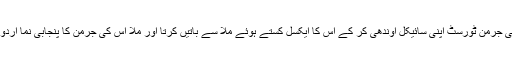
کبھی کبھی کوئی جرمن ٹورسٹ اپنی سائیکل اوندھی کر کے اس کا ایکسل کستے ہوئے ملّا سے باتیں کرتا اور ملّا اس کی جرمن کا پنجابی نما اردو میں جواب دیتا۔